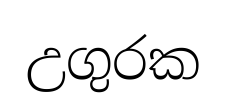
උගුරක